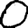
Digit: 0